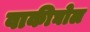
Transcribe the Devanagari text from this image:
वाकीघोल